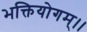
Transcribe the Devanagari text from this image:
भक्तियोगम्‌।।